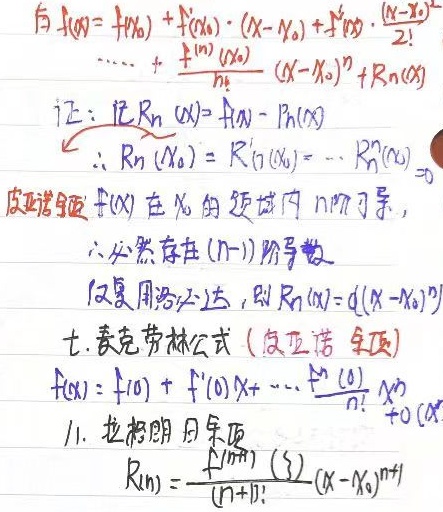
证: 记 \(R_n(x)=f(x)-P_n(x)\)
\(\therefore R_n(x_0)=R_n^{\prime}(x_0)=\cdots=R_n^{(n)}(x_0)=0\)
皮亚诺型: \(f(x)\) 在 \(x_0\) 的邻域内 \(n\) 阶可导, 必然存在 \((n - 1)\) 阶导数
反复用洛必达法则, 即 \(R_n(x)=o((x - x_0)^n)\)
7. 麦克劳林公式 (皮亚诺 余项)
\(f(x)=f(0)+f^{\prime}(0)x+\cdots+\frac{f^{(n)}(0)}{n!}x^n+o(x^n)\)
1. 拉格朗日余项
\(R_n(x)=\frac{f^{(n + 1)}(\xi)}{(n+1)!}(x - x_0)^{n + 1}\)

\[\begin{align*}
f(x)&=f(x_0)+f^{\prime}(x_0)\cdot(x - x_0)+\frac{f^{\prime\prime}(x_0)}{2!}\cdot(x - x_0)^2+\cdots+\frac{f^{(n)}(x_0)}{n!}(x - x_0)^n+R_n(x)
\end{align*}\]